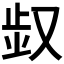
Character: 𠭓